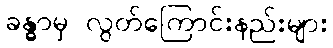
ခန္ဓာမှ လွတ်ကြောင်းနည်းများ